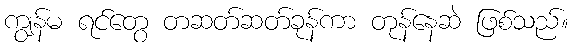
ကျွန်မ ရင်တွေ တဆတ်ဆတ်ခုန်ကာ တုန်နေဆဲ ဖြစ်သည်။